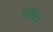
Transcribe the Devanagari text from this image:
शंकर।